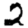
Digit: 2